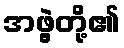
အဖွဲ့တို့၏